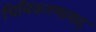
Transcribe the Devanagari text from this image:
चित्रिकरणासह